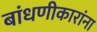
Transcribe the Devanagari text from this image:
बांधणीकारांना